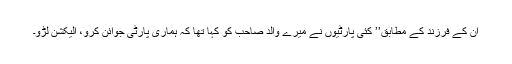
ان کے فرزند کے مطابق’’ کئی پارٹیوں نے میرے والد صاحب کو کہا تھا کہ ہماری پارٹی جوائن کرو، الیکشن لڑو۔